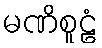
မဏိစူဠံ